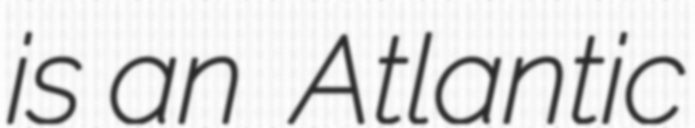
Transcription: is an  Atlantic